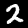
Digit: 2